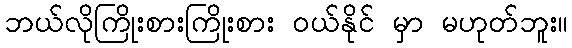
ဘယ်လိုကြိုးစားကြိုးစား ဝယ်နိုင် မှာ မဟုတ်ဘူး။